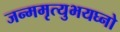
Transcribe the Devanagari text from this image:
जन्ममृत्युभयघ्नो